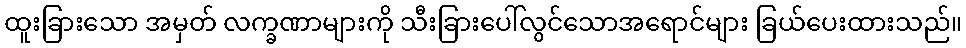
ထူးခြားသော အမှတ် လက္ခဏာများကို သီးခြားပေါ်လွင်သောအရောင်များ ခြယ်ပေးထားသည်။